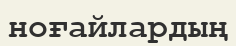
ноғайлардың